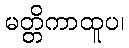
မတ္တိကာထူပ၊